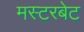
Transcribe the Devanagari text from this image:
मस्टरबेट